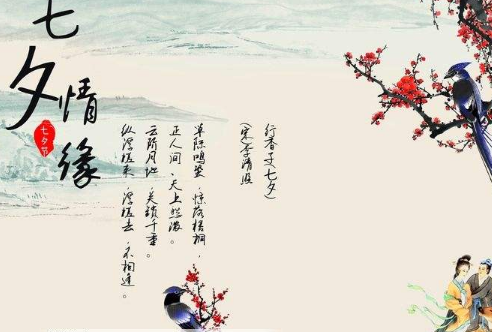
幸回郎意且斯须，一年中别今始初。